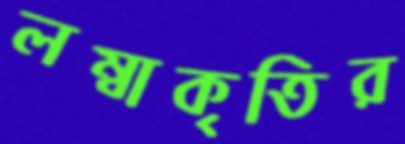
লম্বাকৃতির